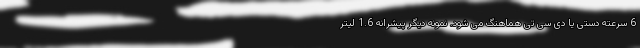
6 سرعته دستی یا دی سی تی هماهنگ می شود. نمونه دیگر پیشرانه 1.6 لیتر